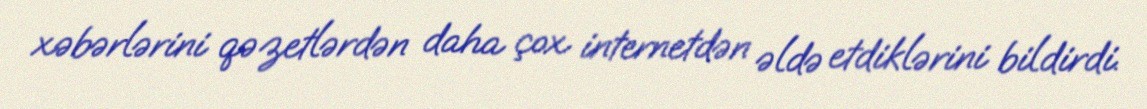
xəbərlərini qəzetlərdən daha çox internetdən əldə etdiklərini bildirdi.